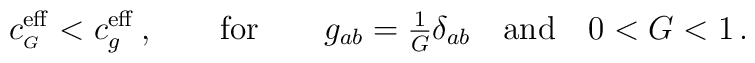
c^{\rm eff}_{\scriptscriptstyle G} < c^{\rm eff}_g \,, \qquad {\rm for}   \qquad g_{ab} = {\textstyle \frac{1}{G} } \delta_{ab}  \quad {\rm and} \quad 0<G<1 \,.